Vital statistics of India. Vol. IV, Annual returns from 1871 to 1876. British Army of India, Native Army and jails of Bengal
Year: 1871
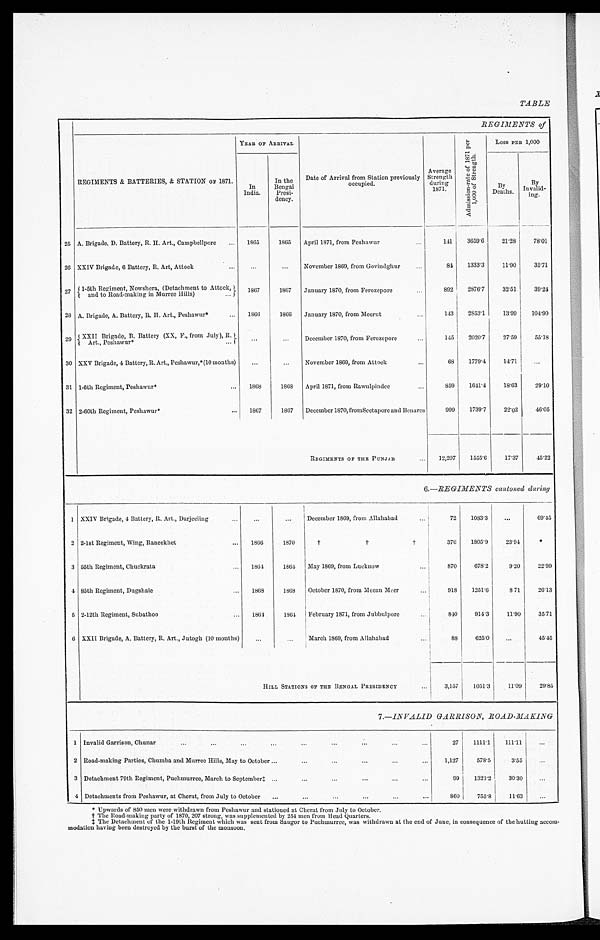
TABLE
REGIMENTS of
REGIMENTS & BATTERIES, & STATION OF 1871.
YEAR OF ARRIVAL
Date of Arrival from Station previously
occupied.
Average
Strength
during1 8 7 1 .
Admi s s i on- r a t e of 1871 pe r 1, 000 of St r e ngt h.
Loss PER 1,000
In
India.
In the
Bengal
Presi-
dency.
By
Deaths.
By
Invalid-
ing.
25 A Brigade, D. Battery, R. H. Art., Campbellpore
1865
1865 April 1871, from Peshawur
141
3659.6
21.28
78.01
26 XXIV Brigade, 6 Battery, R. Art, Attock
. . .
...
November 1869, from Govindghur
84
1333.3
11.90
35.71
27
1-5th Regiment, Nowshera, (Detachment to Attock,
and to Road-making in Murree Hills)
1867
1867 January 1870, from Ferozepore
892 2876.7
32.51
39.24
28 A Brigade, A. Battery, R. H. Art., Peshawur*
1866
1866 January 1870, from Meerut
143
2853.1
13.99 104.90
29
XXII Brigade, B. Battery (XX, F., from July),
R. Art., Peshawur*
. . .
...
December 1870, from Ferozepore
145
2020.7
27.59
55.18
30 XXV Brigade, 4 Battery, R. Art., Peshawur,* (10 months)
. . .
...
November 1869, from Attock
68
1779.4
14.71
. . .
31 1-6th Regiment, Peshawur*
1868
1868 April 1871, from Rawulpindee
859
1641.4
18.63
29.10
32 2-60th Regiment, Peshawur*
1867
1867 December 1870, from Seetapore and Benares
999
1739.7
22.02
46.05
REGIMENTS OF THE PUNJAB
1 2 , 2 0 7
1555.6
17.37
45.22
6.—REGIMENTS cantoned during
1 XXIV Brigade, 4 Battery, R. Art., Darjeeling
. . .
...
December 1869, from Allahabad
72
1083.3
...
69.45
2 2-1st Regiment, Wing, Raneekhet
1866
1870
†
† †
376
1805.9
23.94
*
3 55th Regiment, Chuckrata
1864
1864 May 1869, from Lucknow
870
678.2
9.20
22.99
4 85th Regiment, Dugshaie
1868
1868 October 1870, from Meean Meer
918
1251.0
871
26.13
5 2-12th Regiment, Subathoo
1864
1864 February 1871, from Jubbulpore
840
914.3
11.90
35.71
6 XXII Brigade, A. Battery, R. Art., Jutogh (10 months)
...
. . . March 1869, from Allahabad
88
625.0
...
45.45
HILL STATIONS OF THE BENGAL PRESIDENCY
3,157
1051.3
11.09
29.85
7.—INVALID GARRISON, ROAD-MAKING
1 Invalid Garrison, Chunar
27
1111.1
111.11
...
2 Road-making Parties, Chumba and Murree Hills, May to October
1,127
578.5
3.55
...
3 Detachment 79th Regiment, Puchmurree, March to September‡
99
1323.2
30.30
...
4 Detachments from Peshawur, at Cherat, from July to October
860
755.8 11.63
...
* Upwards of 850 men were withdrawn from Peshawur and stationed at Cherat from July to October.
† The Road-making party of 1870, 207 strong, was supplemented by 254 men from Head Quarters.
‡ The Detachment of the 1-19th Regiment which was sent from Saugor to Puchmurree, was withdrawn at the end of June, in consequence of the hutting accom--
modation having been destroyed by the burst of the monsoon.